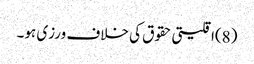
(8)اقلیتی حقوق کی خلاف ورزی ہو۔